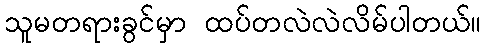
သူမတရားခွင်မှာ ထပ်တလဲလဲလိမ်ပါတယ်။